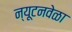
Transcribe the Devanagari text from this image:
न्यूटनवेळा